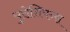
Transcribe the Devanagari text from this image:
युरोशियन्स